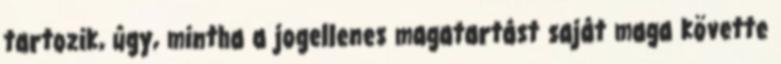
tartozik, úgy, mintha a jogellenes magatartást saját maga követte